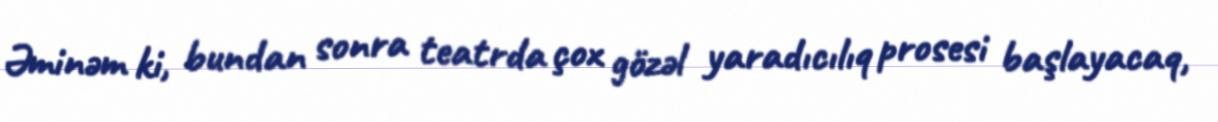
Əminəm ki, bundan sonra teatrda çox gözəl yaradıcılıq prosesi başlayacaq,